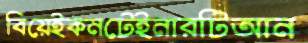
বিয়েইকনটেইনারটিআন